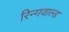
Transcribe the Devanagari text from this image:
रिन्गवाल्ड